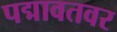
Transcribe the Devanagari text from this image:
पद्मावतवर